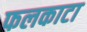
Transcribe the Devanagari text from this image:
फलकाटा